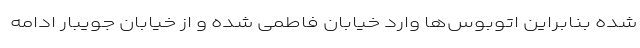
شده بنابراین اتوبوس‌ها وارد خیابان فاطمی شده و از خیابان جویبار ادامه